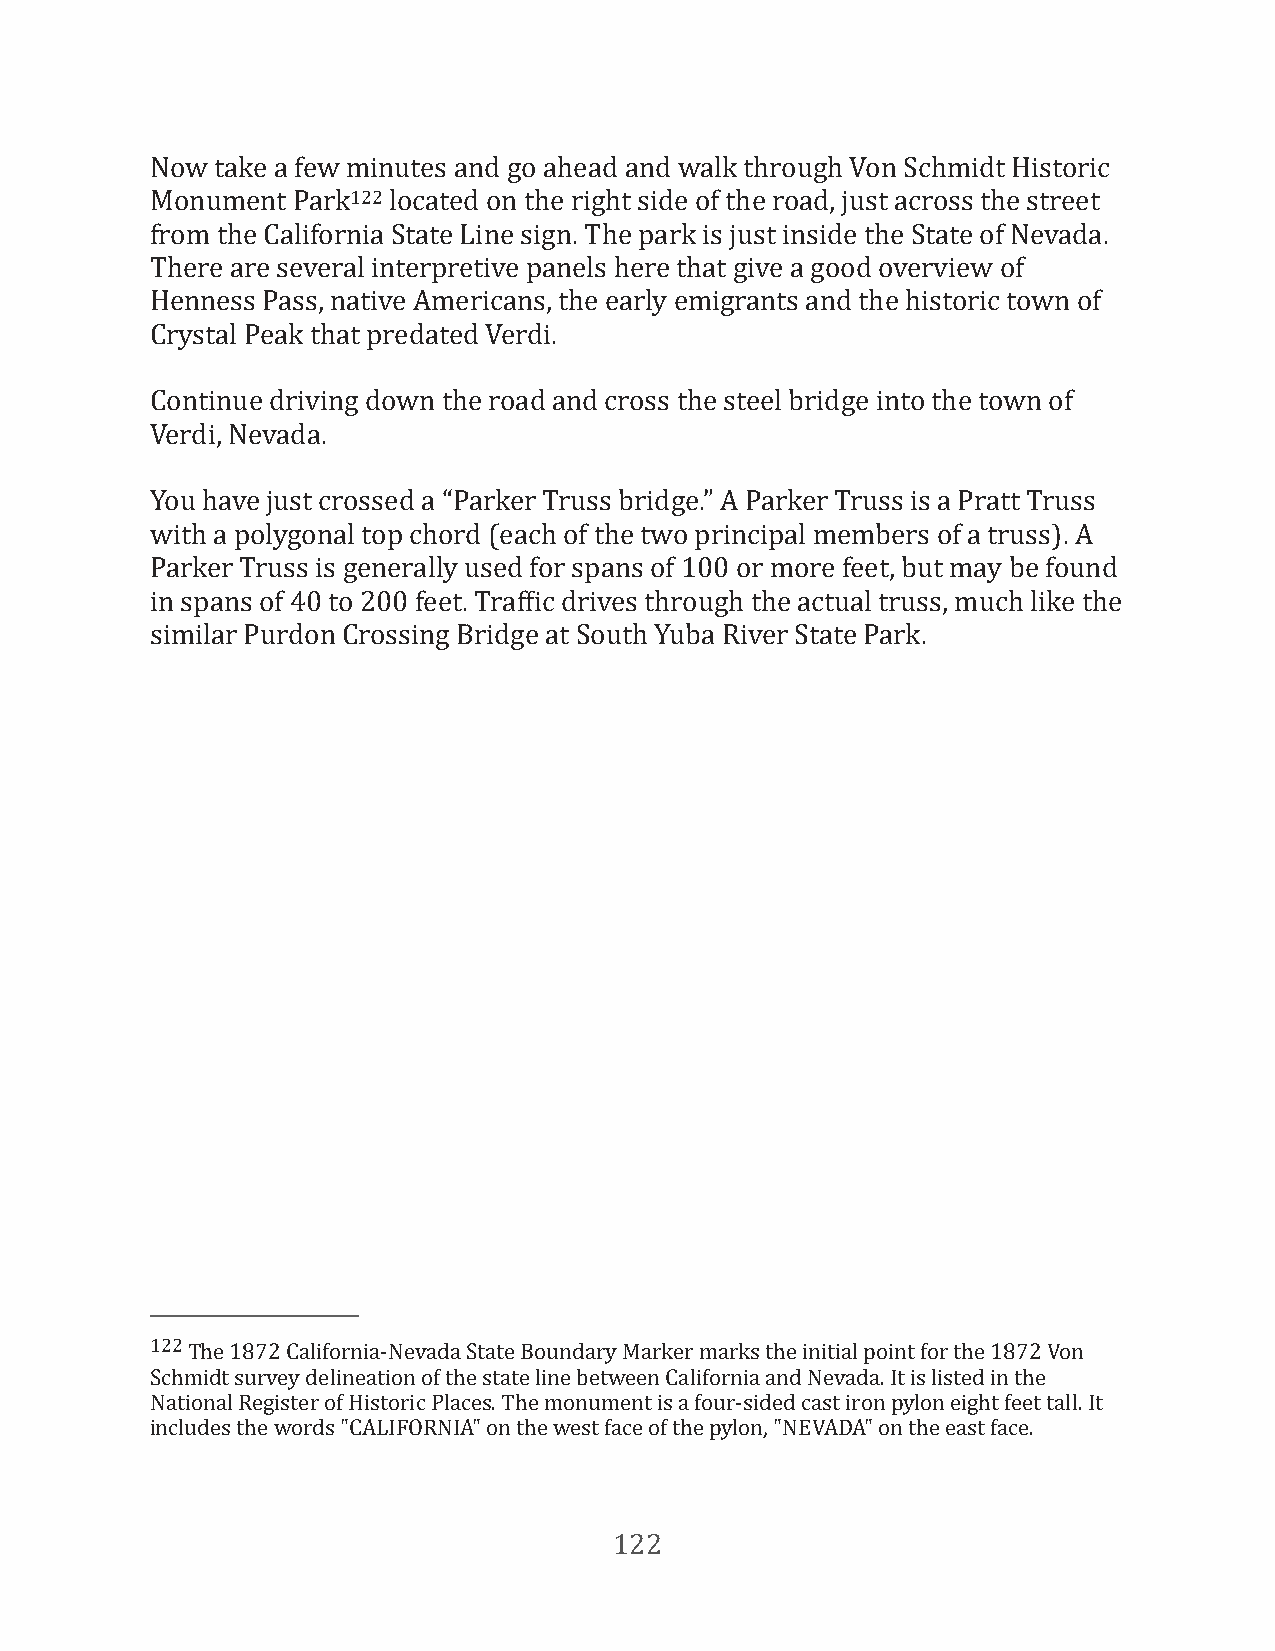
Now take a few minutes and go ahead and walk through Von Schmidt Historic
 Monument Park122 located on the right side of the road, just across the street
 from the California State Line sign. The park is just inside the State of Nevada.
 There are several interpretive panels here that give a good overview of
 Henness Pass, native Americans, the early emigrants and the historic town of
 Crystal Peak that predated Verdi.
 Continue driving down the road and cross the steel bridge into the town of
 Verdi, Nevada.
 You have just crossed a “Parker Truss bridge.” A Parker Truss is a Pratt Truss
 with a polygonal top chord (each of the two principal members of a truss). A
 Parker Truss is generally used for spans of 100 or more feet, but may be found
 in spans of 40 to 200 feet. TrafFic drives through the actual truss, much like the
 similar Purdon Crossing Bridge at South Yuba River State Park.
 122 The 1872 California-Nevada State Boundary Marker marks the initial point for the 1872 Von
 Schmidt survey delineation of the state line between California and Nevada. It is listed in the
 National Register of Historic Places. The monument is a four-sided cast iron pylon eight feet tall. It
 includes the words "CALIFORNIA" on the west face of the pylon, "NEVADA" on the east face.
 122